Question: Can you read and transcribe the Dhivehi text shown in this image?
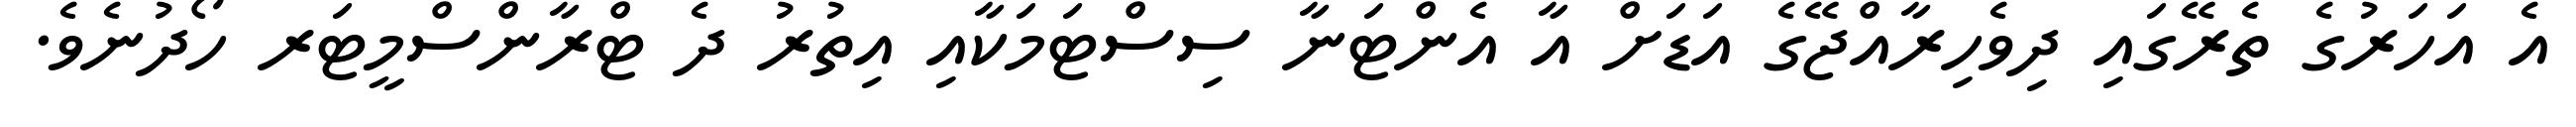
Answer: އެ އަހަރުގެ ތެރޭގައި ދިވެހިރާއްޖޭގެ އަޑަށް އާ އެންޓަނާ ސިސްޓަމަކާއި އިތުރު ދެ ޓްރާންސްމީޓަރ ހޯދުނެވެ.